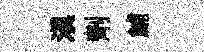
滇劑鯆